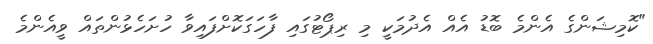
"ކޮމިޝަންގެ އެންމެ ބޮޑު އެއް އެދުމަކީ މި ރިޕޯޓުގައި ފާހަގަކޮށްފައިވާ ހުށަހެޅުންތައް ވީއެންމެ